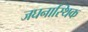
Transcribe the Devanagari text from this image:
जघनास्थिक